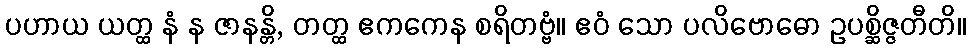
ပဟာယ ယတ္ထ နံ န ဇာနန္တိ, တတ္ထ ဧကကေန စရိတဗ္ဗံ။ ဧဝံ သော ပလိဗောဓော ဥပစ္ဆိဇ္ဇတီတိ။